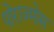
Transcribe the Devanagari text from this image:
पोराज्मोस